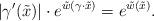
LaTeX: \begin{align*}|\gamma'(\tilde{x})|\cdot e^{\tilde{w}(\gamma\cdot\tilde{x})}=e^{\tilde{w}(\tilde{x})}.\end{align*}